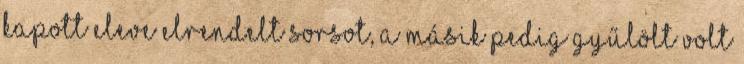
kapott eleve elrendelt sorsot, a másik pedig gyűlölt volt